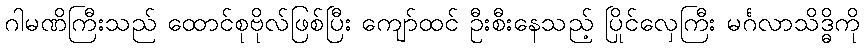
ဂါမဏိကြီးသည် ထောင်စုဗိုလ်ဖြစ်ပြီး ကျော်ထင် ဦးစီးနေသည့် ပြိုင်လှေကြီး မင်္ဂလာသိဒ္ဓိကို